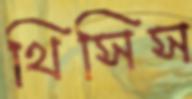
থিসিস